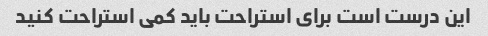
این درست است برای استراحت باید کمی استراحت کنید